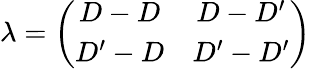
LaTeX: \lambda=\left(\begin{array}{cc}{{D-D}}&{{D-D^{\prime}}}\\ {{D^{\prime}-D}}&{{D^{\prime}-D^{\prime}}}\end{array}\right)